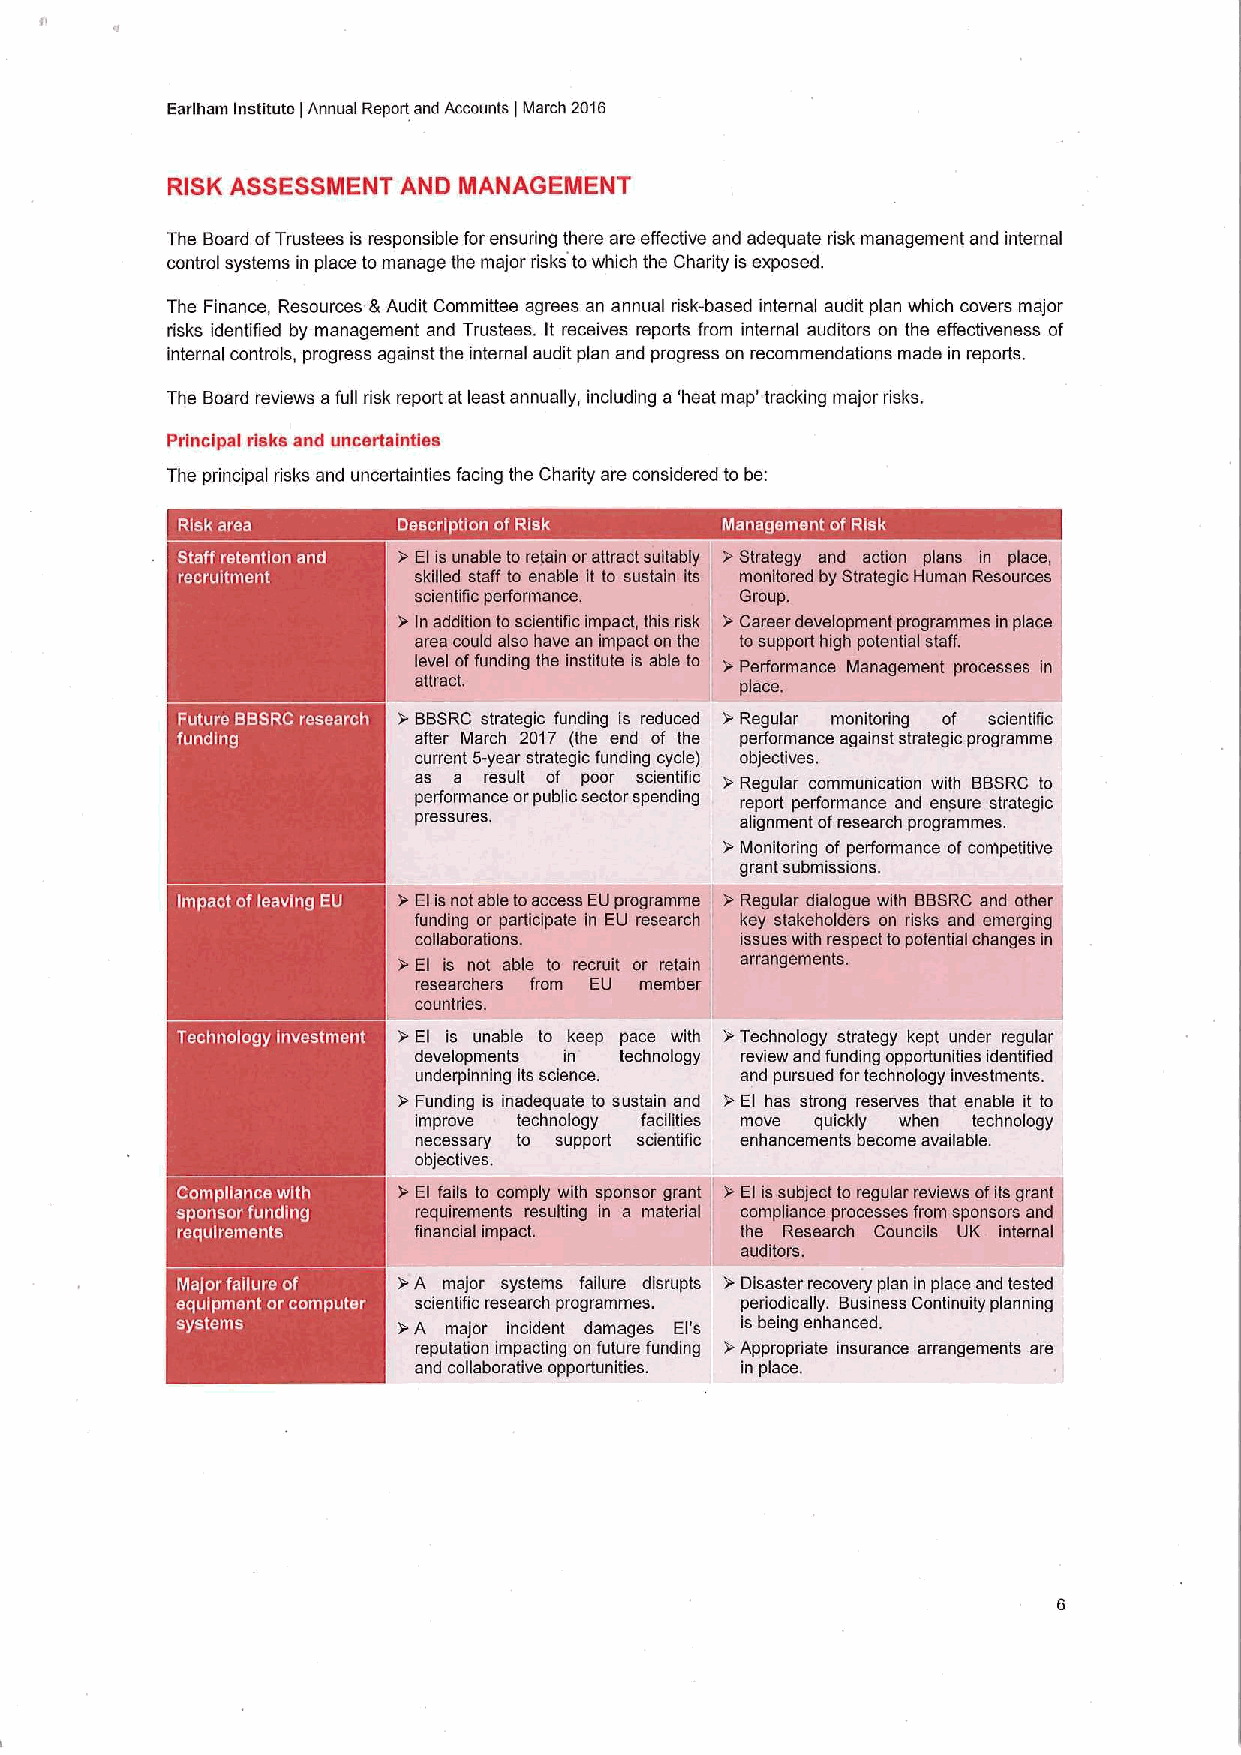
Earlham institute Annual Report and Accounts March 2016
 i             I
 RISK ASSESSMENT AND MANAGEMENT
 The Board ofTrustees is responsible for ensuring there are effective and adequate risk management and internal
 control systems in place to manage the major risks towhich the Charity is exposed.
 The Finance, Resources &Audit Committee agrees an annual risk-based internal audit plan which covers major
 risks identified by management and Trustees. It receives reports from internal auditors on the effectiveness of
 internal controls, progress against the internal audit plan and progress on recommendations made in reports.
 The Board reviews afull risk report at least annually, including a'heat map' tracking major risks.
 Principal risks and uncertainties
 The principal disks and uncertainties facing the Chadity are considered to be:
 s         &BBSRCstrategic funding is reduced &Regular monitoring of scientific
 al'ter March 2017 (tha end of the performance against strategic programme
 current 5-year strategic furlding cycle) objectives.
 as a result of poor scientific &Regular communication with BBSRC to
 perfo'rmance orpublic sectorspending report performance and enfiure strategic
 pressures,            alignment ofresearch programmes.
 &Monitoring of perfonnance ofcompetitive
 grant aubinissions.
 &El is unable to keep pace with &Technology strategy kept under regular
 developments in technology review and funding opportunities identified
 underpinning its science. and pursued for technology investments.
 &Funding is inadequate to sustain and &El has strong reserves that enable it to
 improve technology facilities move quickly when technology
 necessary to support scientific enhancements become available.
 objectives.
 i &A Inajor systems failure disrupts &Disaster recovery plan in place and tested
 ~ ~      scientific research programmes. periodically. Business Continuity planning
 '&A major incident damages El's is being enhanced.
 reputation impacting on future funding &Appropriate insurance arrangements are
 and cofiaborative opporlurilties. in place.